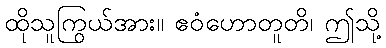
ထိုသူကြွယ်အား။ ဧဝံဟောတူတိ၊ ဤသို့